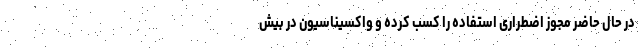
در حال حاضر مجوز اضطراری استفاده را کسب کرده و واکسیناسیون در بیش